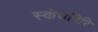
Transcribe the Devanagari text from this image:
स्‍कंधगिरि